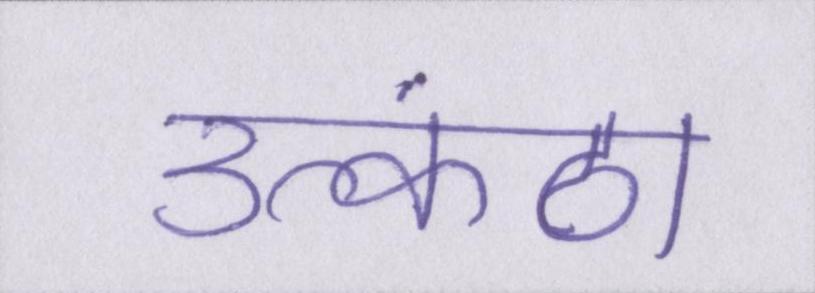
उत्कंठा